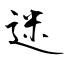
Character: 迷